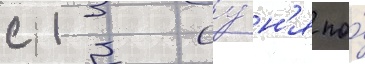
с 13 иу́н'я по́